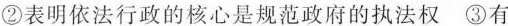
②表明依法行政的核心是规范政府的执法权③有